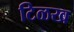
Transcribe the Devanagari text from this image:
टिळख